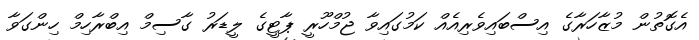
އެގޮތުން މުޒާހަރާގެ އިސްބައިވެރިއެއް ކަމުގައިވާ ޖުމްހޫރީ ޕާޓީގެ ލީޑަރު ގާސިމް އިބްރާހިމް ހިންގަވާ